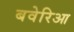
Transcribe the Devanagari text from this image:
बवेरिआ